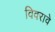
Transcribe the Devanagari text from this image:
विवरावे